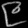
Digit: ၉